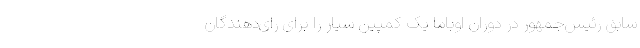
سابق رئیس‌جمهور در دوران اوباما یک کمپین سیار را برای رای‌دهندگان